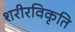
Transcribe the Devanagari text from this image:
शरीरविकृति